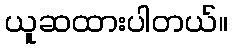
ယူဆထားပါတယ်။